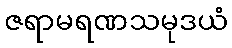
ဇရာမရဏသမုဒယံ